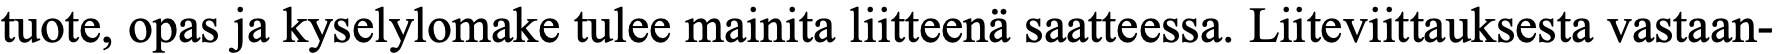
tuote, opas ja kyselylomake tulee mainita liitteenä saatteessa. Liiteviittauksesta vastaan-